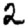
Digit: 2